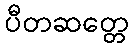
ပီတဆတ္တေ